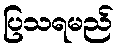
ပြသရမည်